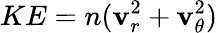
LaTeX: KE=n(\mathbf{v}_{r}^{2}+\mathbf{v}_{\theta}^{2})